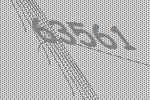
63561